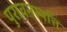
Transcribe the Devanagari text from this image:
पुरावनस्पत्ति